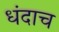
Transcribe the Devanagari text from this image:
धंदाच